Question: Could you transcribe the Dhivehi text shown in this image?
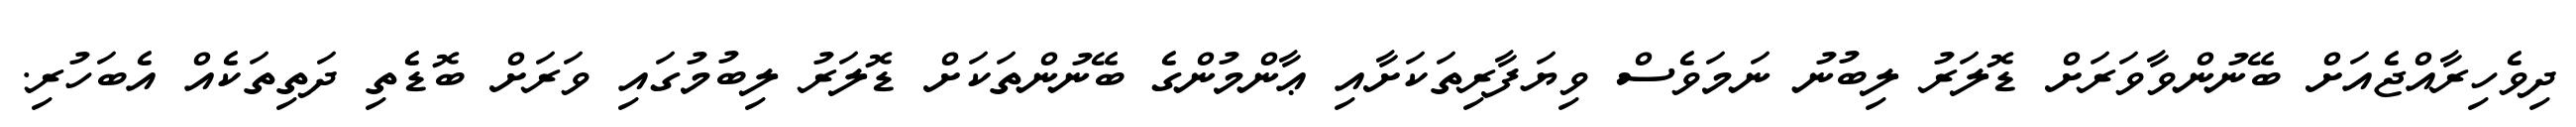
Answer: ދިވެހިރާއްޖެއަށް ބޭނުންވާވަރަށް ޑޮލަރު ލިބުނު ނަމަވެސް ވިޔަފާރިތަކަށާއި ޢާންމުންގެ ބޭނުންތަކަށް ޑޮލަރު ލިބުމުގައި ވަރަށް ބޮޑެތި ދަތިތަކެއް އެބަހުރި.